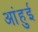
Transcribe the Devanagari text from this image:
आंहुई